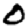
Digit: 0